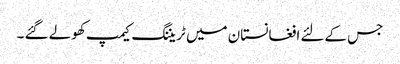
جس کےلئے افغانستان میں ٹریننگ کیمپ کھولے گئے ۔